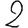
Digit: 2